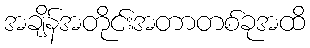
အချိန်အတိုင်းအတာတစ်ခုအထိ